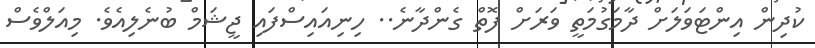
ކުދިން އިންޓަވަލަށް ދާމަގުމަތީ ވަރަށް ފޮތް ގެންދާނެ.. ހިނިއައިސްފައި ޖީޝަމް ބުނެލިއެވެ. މިއަލްވެސް